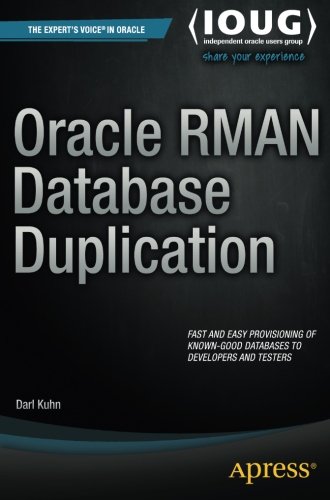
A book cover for Oracle RMAN Database Duplication; Darl Kuhn; Computers & Technology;